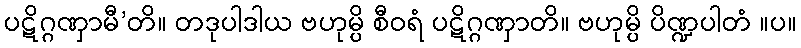
ပဋိဂ္ဂဏှာမီ’တိ။ တဒုပါဒါယ ဗဟုမ္ပိ စီဝရံ ပဋိဂ္ဂဏှာတိ။ ဗဟုမ္ပိ ပိဏ္ဍပါတံ ။ပ။